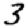
Digit: 3